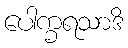
ပေါက္ခရသာဒိ